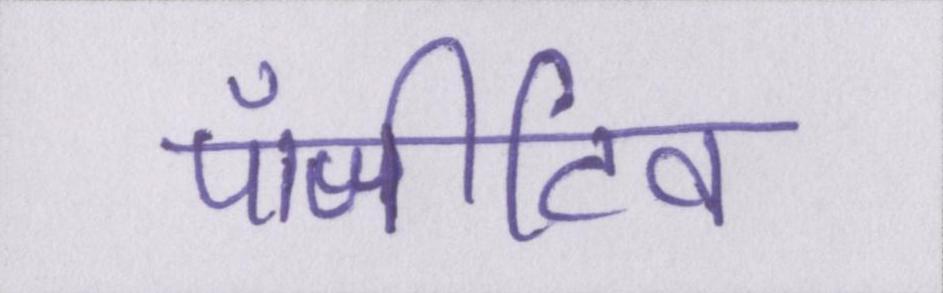
पॉजीटिव